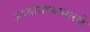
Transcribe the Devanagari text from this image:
अभ्यासण्यासारखे